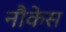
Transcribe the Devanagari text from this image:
नौकेस